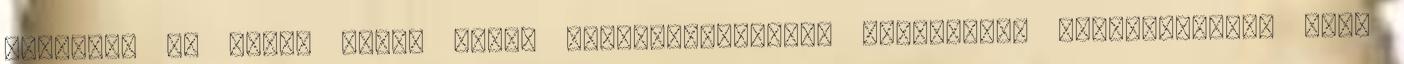
elmélet, és ahogy Salát Gergő Kína-szakértétől megtudtuk, gyakorlatilag maga